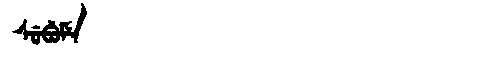
Manchu: ᠰᡠᠪᡠᠮᡝ
Romanization: SUBUME